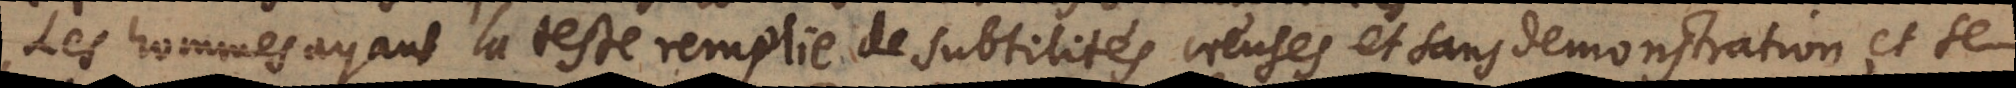
Les hommes ayant la teste remplie de subtilités creuses et sans demonstration, et se